Dysentery and liver abscess in Bombay - Number 47
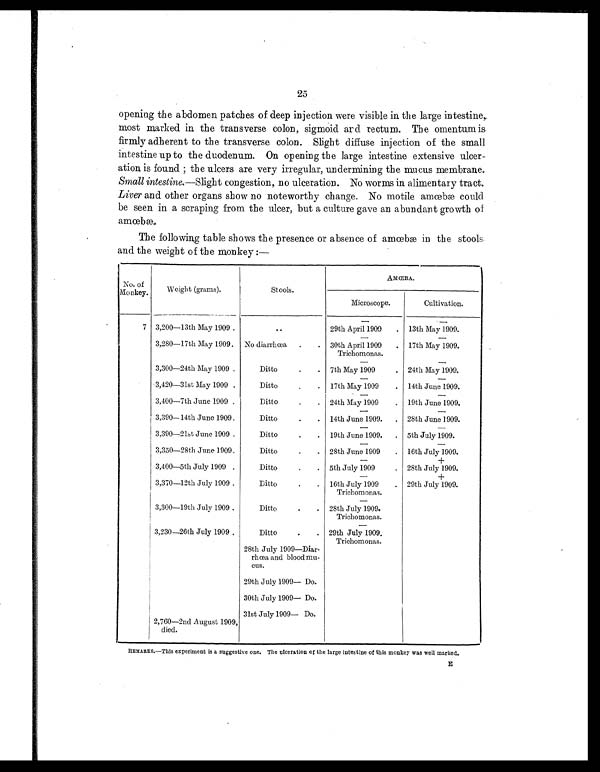
25
opening the abdomen patches of deep injection were visible in the large intestine,
most marked in the transverse colon, sigmoid and rectum. The omentum is
firmly adherent to the transverse colon. Slight diffuse injection of the small
intestine up to the duodenum. On opening the large intestine extensive ulcer -
ation is found ; the ulcers are very irregular, undermining the mucus membrane.
Small intestine. —Slight congestion, no ulceration. No worms in alimentary tract.
Liver and other organs show no noteworthy change. No motile amœbæ could
be seen in a scraping from the ulcer, but a culture gave an abundant growth of
amœbæ.
The following table shows the presence or absence of amœbæ in the stools
and the weight of the monkey :—
No. of
Monkey.
Weight (grams).
Stools.
AMŒBA.
Microscope.
Cultivation.
— —
7 3,200—13th May 1909 .
. .
29th April 1909 . 13th May 1909.
—
—
3,280—17th May 1909. No diarrhœa .
. 30th April 1909
Trichomonas.
. 17th May 1909.
—
—
3,300—24th May 1909 .
Ditto
.
. 7th May 1909
. 24th May 1909.
—
—
3,420—31st May 1909 .
Ditto
.
. 17th May 1909
. 14th June 1909.
—
—
3,400—7th June 1909 .
Ditto
.
. 24th May 1909
. 19th June 1909.
—
—
3,390— 14th June 1909. Ditto
.
. 14th June 1909. . 28th June 1909.
—
—
3,390—21st June 1909 .
Ditto
.
. 19th June 1909. . 5th July 1909.
—
—
3,350—28th June 1909. .
Ditto
.
. 28th June 1909
. 16th July 1909.
—
+
3,400—5th July 1909 .
Ditto
.
. 5th July 1909
. 28th July 1909.
—
+
3,370—12th July 1909 .
Ditto
.
. 16th July 1909
Trichomonas.
. 29th July 1909.
—
3,300—19th July 1909 .
Ditto
.
. 28th July 1909.
Trichomonas.
—
3,230—26th July 1909 .
Ditto
.
. 29th July 1909.
Trichomonas.
28th July 1909—Diar-
rhœa and blood mu-
cus.
29th July 1909— Do.
30th July 1909— Do.
31st July 1909— Do.
2,760—2nd August 1909,
died.
REMARKS.—This experiment is a suggestive one. The ulceration of the large intestine of this monkey was well marked.
E